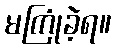
မကြုံခဲ့ရ။